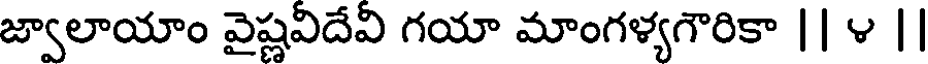
జ్వాలాయాం వైష్ణవిదేవి గయా మాంగళ్యగౌరికా || ౪ ||